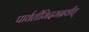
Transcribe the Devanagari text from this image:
पार्वतीमिदमब्रवीत्